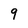
Character: 9